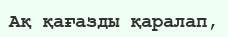
Ақ қағазды қаралап,